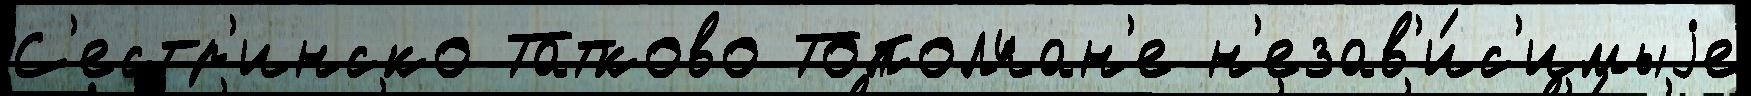
С'естр'инско Татково Тополчан'е н'езав'и́с'имыjе